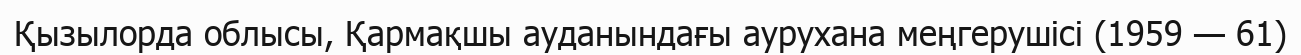
Қызылорда облысы, Қармақшы ауданындағы аурухана меңгерушісі (1959 — 61)